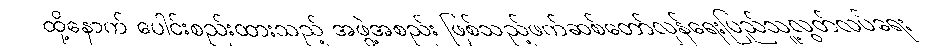
ထို့နောက် ပေါင်းစည်းထားသည့် အဖွဲ့အစည်း ဖြစ်သည့်ဖက်ဆစ်တော်လှန်ရေးပြည်သူ့လွတ်လပ်ရေး